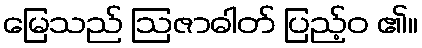
မြေသည် ဩဇာဓါတ် ပြည့်ဝ ၏။